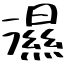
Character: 濕